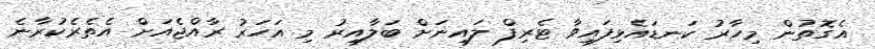
އެގޮތުން މިހާރު ކަނޑައެޅިފައިވާ ޓެރިފް ލައިނަށް ބަލާއިރު މި އަހަރު ރާއްޖެއަށް އެތެރެކުރާނެ